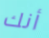
أنك